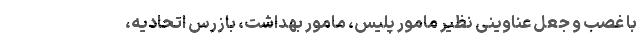
با غصب و جعل عناوینی نظیر مامور پلیس، مامور بهداشت، بازرس اتحادیه،